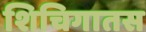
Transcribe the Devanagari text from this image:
शिचिगातस